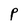
Character: P